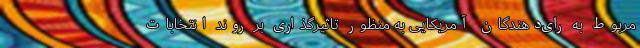
مربوط به رای‌دهندگان آمریکایی به منظور تاثیرگذاری بر روند انتخابات